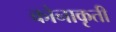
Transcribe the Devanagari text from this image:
कोनाकृती